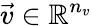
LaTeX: \vec{v}\in\mathbb R^{n_{v}}